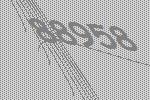
88958